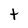
Character: t